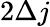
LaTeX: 2\Delta j